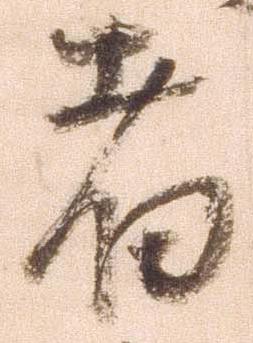
者